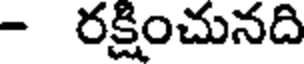
- రక్షించునది